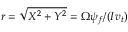
r = \sqrt { X ^ { 2 } + Y ^ { 2 } } = \Omega \psi _ { f } / ( I v _ { t } )